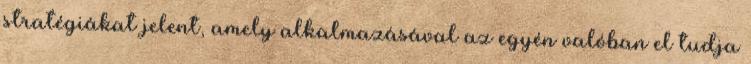
stratégiákat jelent, amely alkalmazásával az egyén valóban el tudja